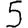
Digit: 5